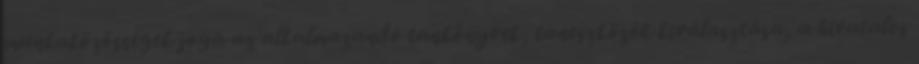
munkaközösségek joga az alkalmazandó tankönyvek, taneszközök kiválasztása, a hivatalos